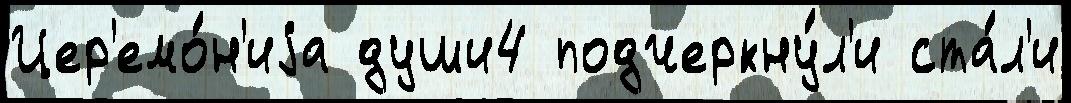
Цер'емо́н'иjа души4 подчеркну́л'и ста́л'и